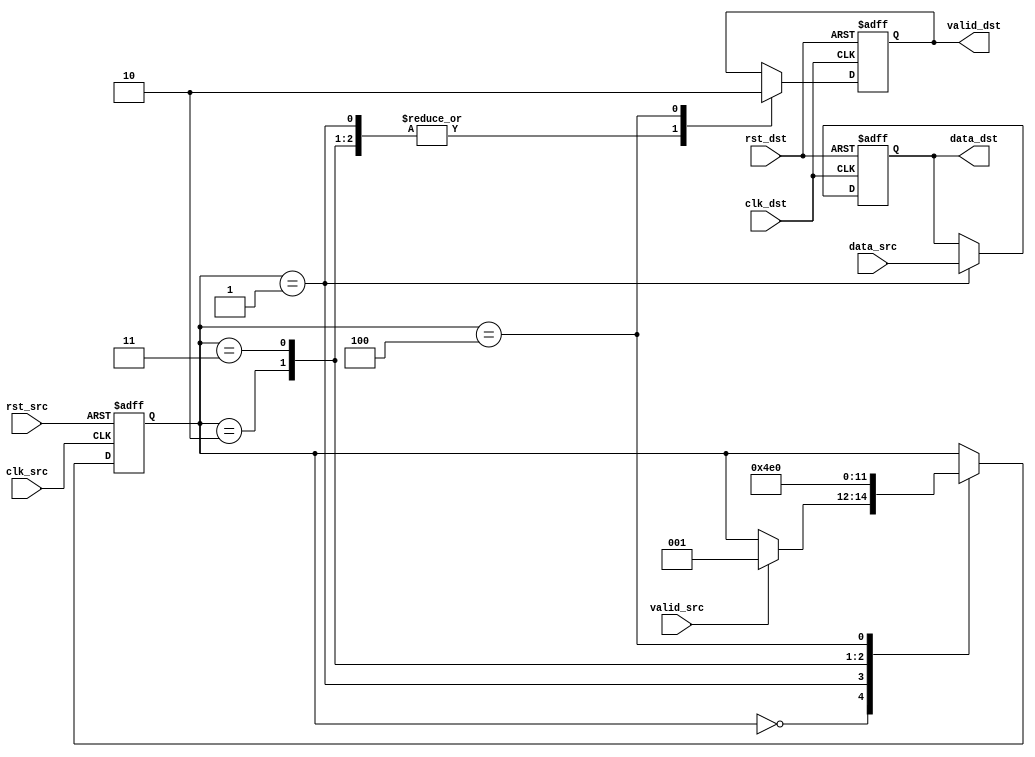
module Burst_Synchronizer (
    input wire clk_src,
    input wire rst_src,
    input wire [7:0] data_src,
    input wire valid_src,
    output reg [7:0] data_dst,
    output reg valid_dst,
    input wire clk_dst,
    input wire rst_dst
);

// Synchronizer state machine
reg [2:0] state;
parameter IDLE = 3'b000,
          SYNC0 = 3'b001,
          SYNC1 = 3'b010,
          SYNC2 = 3'b011,
          SYNC3 = 3'b100;

// Source clock domain
always @(posedge clk_src or posedge rst_src) begin
    if (rst_src) begin
        state <= IDLE;
    end else begin
        case (state)
            IDLE: begin
                if (valid_src) begin
                    state <= SYNC0;
                end
            end
            SYNC0: begin
                state <= SYNC1;
            end
            SYNC1: begin
                state <= SYNC2;
            end
            SYNC2: begin
                state <= SYNC3;
            end
            SYNC3: begin
                state <= IDLE;
            end
        endcase
    end
end

// Destination clock domain
always @(posedge clk_dst or posedge rst_dst) begin
    if (rst_dst) begin
        data_dst <= 0;
        valid_dst <= 0;
    end else begin
        case (state)
            SYNC0: begin
                data_dst <= data_src;
                valid_dst <= 1;
            end
            SYNC1: begin
                valid_dst <= 1;
            end
            SYNC2: begin
                valid_dst <= 1;
            end
            SYNC3: begin
                valid_dst <= 0;
            end
        endcase
    end
end

endmodule